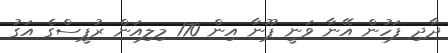
ދާދި ފަހުން އޭނާ ވަނީ ޕޫނާ އިން 170 މިލިއަން ރުޕީސްގެ އަގު